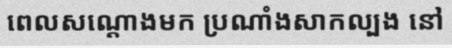
ពេលសណ្តោងមក ប្រណាំងសាកល្បង នៅ